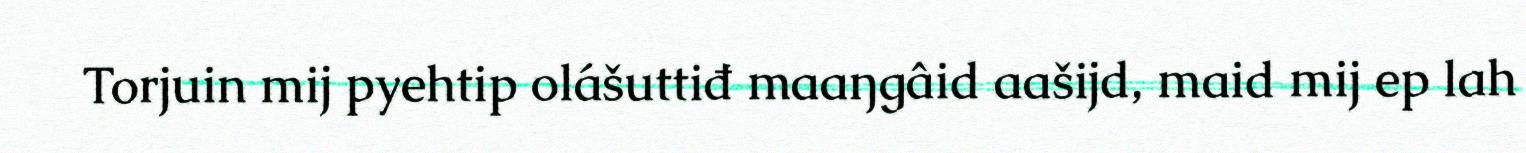
Torjuin mij pyehtip olášuttiđ maaŋgâid aašijd, maid mij ep lah